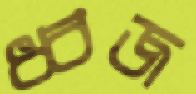
ধ্বজ